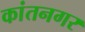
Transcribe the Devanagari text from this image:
कांतनगर